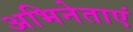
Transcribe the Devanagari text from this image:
अभिनेताएं